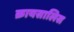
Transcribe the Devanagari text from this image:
क्रायसालिस